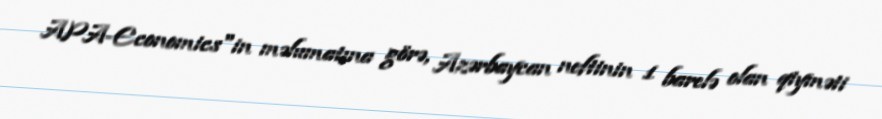
APA-Economics"in məlumatına görə, Azərbaycan neftinin 1 barelə olan qiyməti